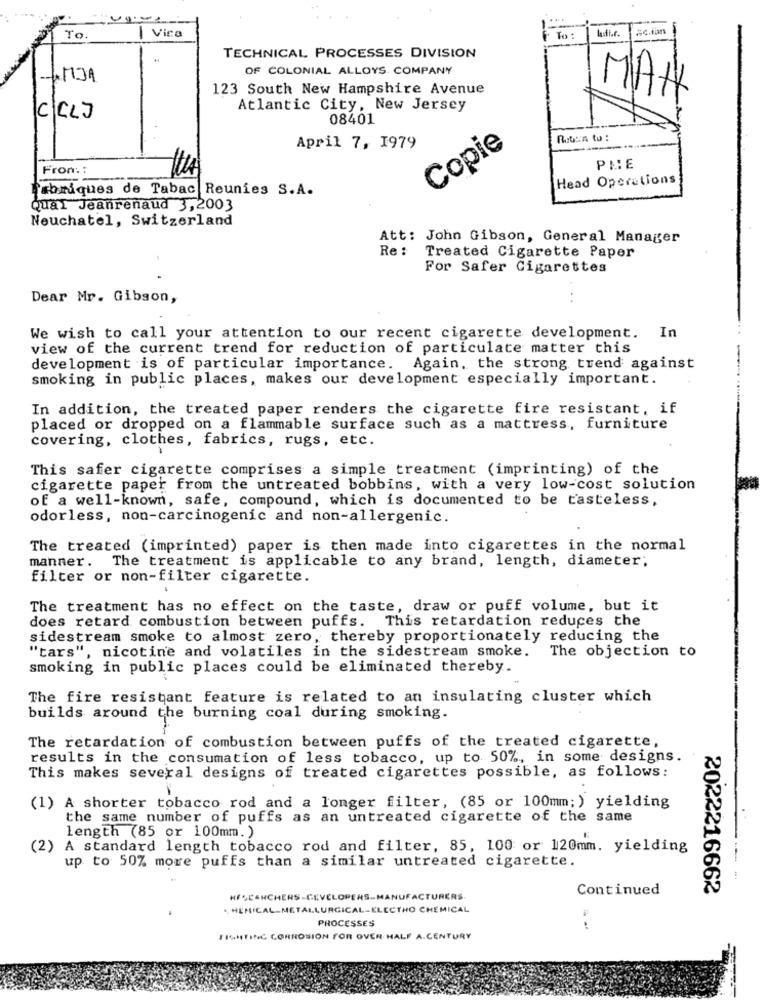
To.
I Vica
To :
TECHNICAL PROCESSES DIVISION
OF COLONIAL ALLOYS. COMPANY
123 South New Hampshire Avenue
MAH
Atlantic City, New Jersey
CCLJ
08401
Copie
Roten to :
April 7, 1979
From:
PIE
Head Operations
Fabriques de Tabac Reunies S.A.
Qual Jeanrenaud 3,2003
Neuchatel, Switzerland
Att: John Gibson, General Manager
Re :
Treated Cigarette Paper
For Safer Cigarettes
Dear Mr. Gibson,
.. .
We wish to call your attention to our recent cigarette development. In
view of the current trend for reduction of particulate matter this
development is of particular importance. Again, the strong trend against
smoking in public places, makes our development especially important.
In addition, the treated paper renders the cigarette fire resistant, if
placed or dropped on a flammable surface such as a mattress, furniture
covering, clothes, fabrics, rugs, etc.
This safer cigarette comprises a simple treatment (imprinting) of the
cigarette paper from the untreated bobbins, with a very low-cost solution
of a well-known, safe, compound, which is documented to be tasteless,
odorless, non-carcinogenic and non-allergenic.
The treated (imprinted) paper is then made into cigarettes in the normal
manner. The treatment is applicable to any brand, length, diameter;
filter or non-filter cigarette.
The treatment has no effect on the taste, draw or puff volume, but it
does retard combustion between puffs. This retardation reduces the
sidestream smoke to almost zero, thereby proportionately reducing the
"tars", nicotine and volatiles in the sidestream smoke.
The objection to
smoking in public places could be eliminated thereby.
The fire resistant feature is related to an insulating cluster which
builds around the burning coal during smoking.
The retardation of combustion between puffs of the treated cigarette,
results in the consumation of less tobacco, up to 50%, in some designs.
This makes several designs of treated cigarettes possible, as follows:
(1) A shorter tobacco rod and a longer filter, (85 or 100mm;) yielding
the same number of puffs as an untreated cigarette of the same
length (85 or 100mm. )
(2) A standard length tobacco rod and filter, 85, 100 or 120mm. yielding
up to 50% more puffs than a similar untreated cigarette.
Continued
2022216662
HE SCANCHERS-GEVELOPERS-MANUFACTURERS
. HERICAL-METALLURGICAL-ELECTRO CHEMICAL
PROCESSES
FIGHTING CORROSION FOR OVER HALF A.CENTURY